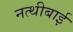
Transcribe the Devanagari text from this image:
नत्थीबाई